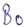
Text: B0